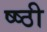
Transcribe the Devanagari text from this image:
ष्ष्ठी